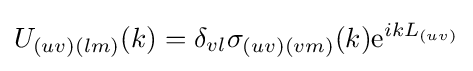
U_{(uv)(lm)}(k)=\delta _{vl}\sigma _{(uv)(vm)}(k){\textrm {e}}^{ikL_{(uv)}}